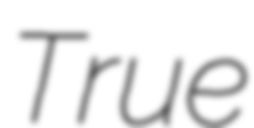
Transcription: True